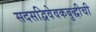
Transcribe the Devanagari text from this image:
सदसद्विवेवकबुद्धीची